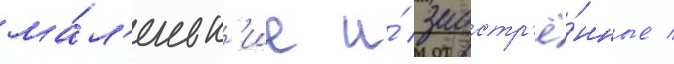
ма́л'еньк'ие и́ заостр'ё́нные /